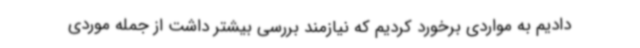
دادیم به مواردی برخورد کردیم که نیازمند بررسی بیشتر داشت از جمله موردی